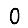
Digit: 0